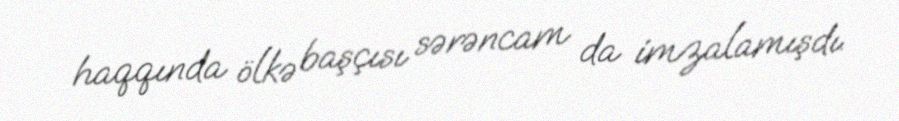
haqqında ölkə başçısı sərəncam da imzalamışdı.